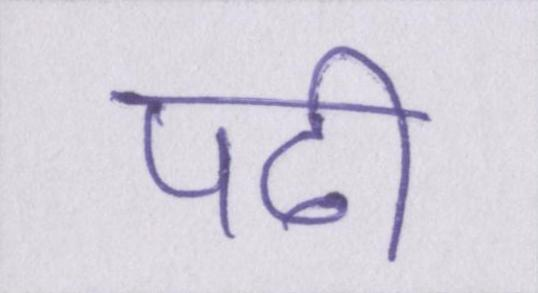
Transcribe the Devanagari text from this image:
पढी